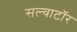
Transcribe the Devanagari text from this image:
सल्वाटॉर